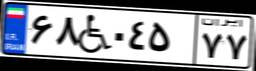
۶۸W۰۴۵۷۷